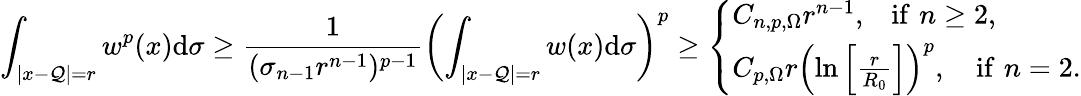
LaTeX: \int_{|x-\mathcal{Q}|=r}w^{p}(x)\mathrm{{d}}\sigma\geq\frac{{1}}{{(\sigma_{n-1}r^{n-1})^{p-1}}}\left(\int_{|x-\mathcal{Q}|=r}w(x)\mathrm{{d}}\sigma\right)^{p}\geq\left\{ \begin{array}{ll}{C_{n,p,\Omega}r^{n-1},\, \, \, \, \, \mathrm{if}\, \, n\geq 2,}\\ {C_{p,\Omega}r\left(\ln\left[\frac{r}{R_{0}}\right]\right)^{p},\, \, \, \, \, \, \mathrm{if}\, \, n=2.}\end{array}\right.